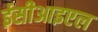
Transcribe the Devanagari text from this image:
ईसीआइएल